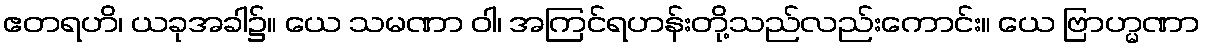
ဧတရဟိ၊ ယခုအခါ၌။ ယေ သမဏာ ဝါ၊ အကြင်ရဟန်းတို့သည်လည်းကောင်း။ ယေ ဗြာဟ္မဏာ